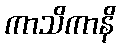
ကာသိကာနိ